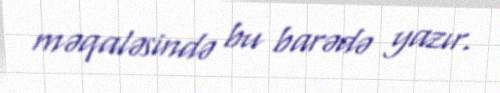
məqaləsində bu barədə yazır.